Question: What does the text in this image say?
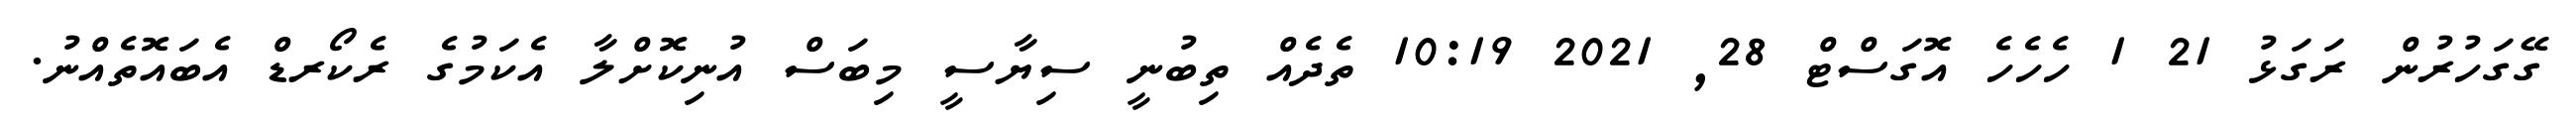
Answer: ގޭގަހުރުން ރަގަޅު 21 1 ހެހެހެ އޮގަސްޓް 28, 2021 10:19 ތެދެއް ތިބުނީ ސިޔާސީ މިބަސް އުނިކޮށްލާ އެކަމުގެ ރެކޯރޑް އެބައޮތެއްނު.